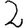
Digit: 2